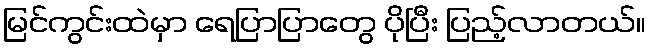
မြင်ကွင်းထဲမှာ ရေပြာပြာတွေ ပိုပြီး ပြည့်လာတယ်။